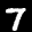
Label: 7